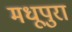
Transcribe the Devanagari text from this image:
मधूपुरा